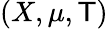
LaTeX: (X,\mu,\mathsf{T})